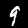
Label: 9